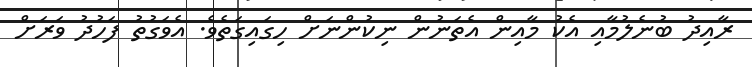
ރާއިދު ބުނެލުމާއި އެކު މާއިން އެތަނުން ނިކުންނަށް ހިގައިގަތެވެ. އެވަގުތު ފަހުދު ވަރަށް